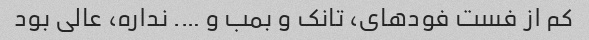
کم از فست فودهای، تانک و بمب و …. نداره، عالی بود